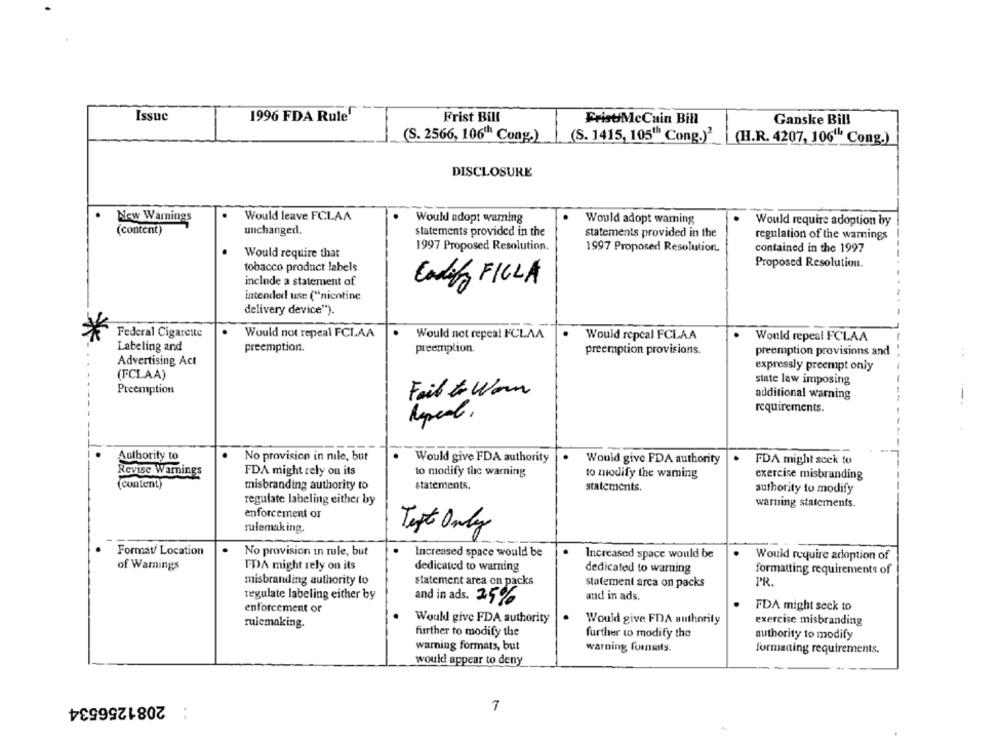
Issue
1996 FDA Rule'
Frist Bill
FristMcCain Bill
Ganske Bill
(S. 2566, 106th Cong.)
(S. 1415, 105" Cong.)'
(H.R. 4207, 106"" Cong.)
DISCLOSURE
New Warnings
Would leave FCLAA
Would adopt warning
Would adopt waming
Would require adoption by
unchanged.
(content)
statements provided in the
statements provided in the
regulation of the wamings
1997 Proposed Resolution.
1997 Proposed Resolution.
contained in the 1997
Would require that
tobacco product labels
Proposed Resolution.
include a statement of
Codify FILLA
intended use ("nicotine
delivery device").
Federal Cigarette
Would not repeal FCLAA
Would not repeal FCLAA
Would repcal FCLAA
Would repeal FCLAA
Labeling and
preemption.
preemplion.
preemption provisions.
preemption provisions and
. .
Advertising Act
expressly preempt only
(FCLAA)
state law imposing
Preemption
Fail to Warm
additional warning
requirements.
Authority to
No provision in nile, but
Would give FDA authority
Would give PDA authority
FDA might seek to
Revise Warnings
FDA might rely on its
to modify the warning
to modify the waming
exercise misbranding
(content)
misbranding authority to
statements.
statements.
authority to modify
regulate labeling either by
warning statements.
enforcement or
rulemaking.
Text Only
Format/ Location
No provision in mule, but
Increased space would be
Increased space would be
Would require adoption of
of Warnings
FDA might rely on its
dedicated to warning
dedicated to warning
formatting requirements of
misbranding authority to
statement area on packs
statement arca on packs
PR.
regulate labeling either by
and in ads. 25%
and in ads.
enforcement or
FDA might seek to
rulemaking.
Would give FDA authority
Would give FDA authority
exercise misbranding
further to modify the
further to modify the
authority to modify
warning formats, but
warning formats.
formaaing requirements.
would appear to deny
2081256534
..
7